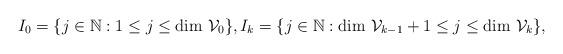
LaTeX: \begin{align*}I_0=\{j \in \mathbb{N} : 1\leq j \leq \textrm{dim }\mathcal{V}_0\}, I_k=\{j \in \mathbb{N} : \textrm{dim }\mathcal{V}_{k-1}+1\leq j \leq \textrm{dim }\mathcal{V}_k\},\end{align*}